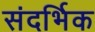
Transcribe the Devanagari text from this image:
संदर्भिक